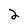
Character: 2